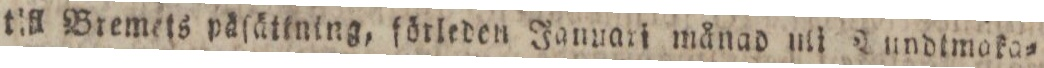
till Bremets päſättning, förleden Januari månad uli Aundimoka=